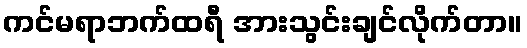
ကင်မရာဘက်ထရီ အားသွင်းချင်လိုက်တာ။